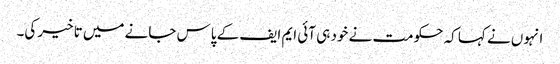
انہوں نے کہا کہ حکومت نے خود ہی آئی ایم ایف کے پاس جانے میں تاخیر کی۔